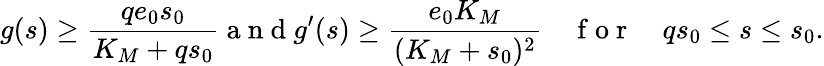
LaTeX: g(s)\geq\frac{qe_{0}s_{0}}{K_{M}+qs_{0}}\mathrm{~a~n~d~}g^{\prime}(s)\geq\frac{e_{0}K_{M}}{(K_{M}+s_{0})^{2}}\quad\mathrm{~f~o~r~}\quad qs_{0}\leq s\leq s_{0}.